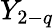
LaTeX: Y_{2-q}